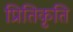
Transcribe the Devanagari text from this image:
प्रितिकृति